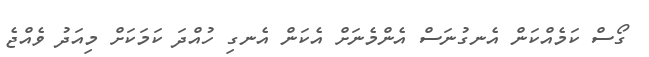
ގޯސް ކަމެއްކަން އެނގުނަސް އެންމެނަށް އެކަން އެނގި ހުއްދަ ކަމަކަށް މިއަދު ވެއްޖެ